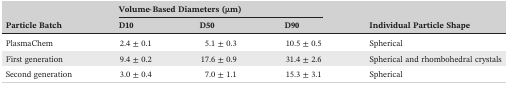
<table><thead><tr><td rowspan="2"><b>Particle Batch</b></td><td colspan="3"><b>Volume‐Based Diameters (μm)</b></td><td rowspan="2"><b>Individual Particle Shape</b></td></tr><tr><td><b>D10</b></td><td><b>D50</b></td><td><b>D90</b></td></tr></thead><tbody><tr><td>PlasmaChem</td><td>2.4 ± 0.1</td><td>5.1 ± 0.3</td><td>10.5 ± 0.5</td><td>Spherical</td></tr><tr><td>First generation</td><td>9.4 ± 0.2</td><td>17.6 ± 0.9</td><td>31.4 ± 2.6</td><td>Spherical and rhombohedral crystals</td></tr><tr><td>Second generation</td><td>3.0 ± 0.4</td><td>7.0 ± 1.1</td><td>15.3 ± 3.1</td><td>Spherical</td></tr></tbody></table>